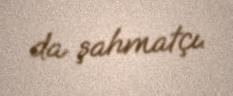
da şahmatçı.